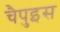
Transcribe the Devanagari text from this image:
चैपुइस